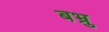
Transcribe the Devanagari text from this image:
बभ्रु